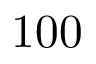
1 0 0